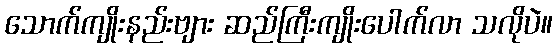
သောက်ကျိုးနည်းဗျား ဆည်ကြီးကျိုးပေါက်လာ သလိုပဲ။